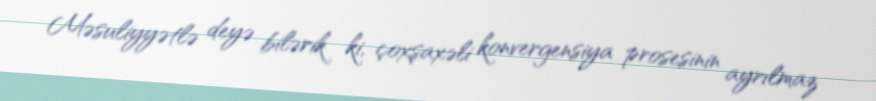
Məsuliyyətlə deyə bilərik ki, çoxşaxəli konvergensiya prosesinin ayrılmaz